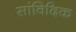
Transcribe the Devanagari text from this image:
सांविदिक